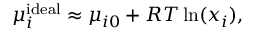
\mu _ { i } ^ { \mathrm { i d e a l } } \approx \mu _ { i 0 } + R T \ln ( x _ { i } ) ,